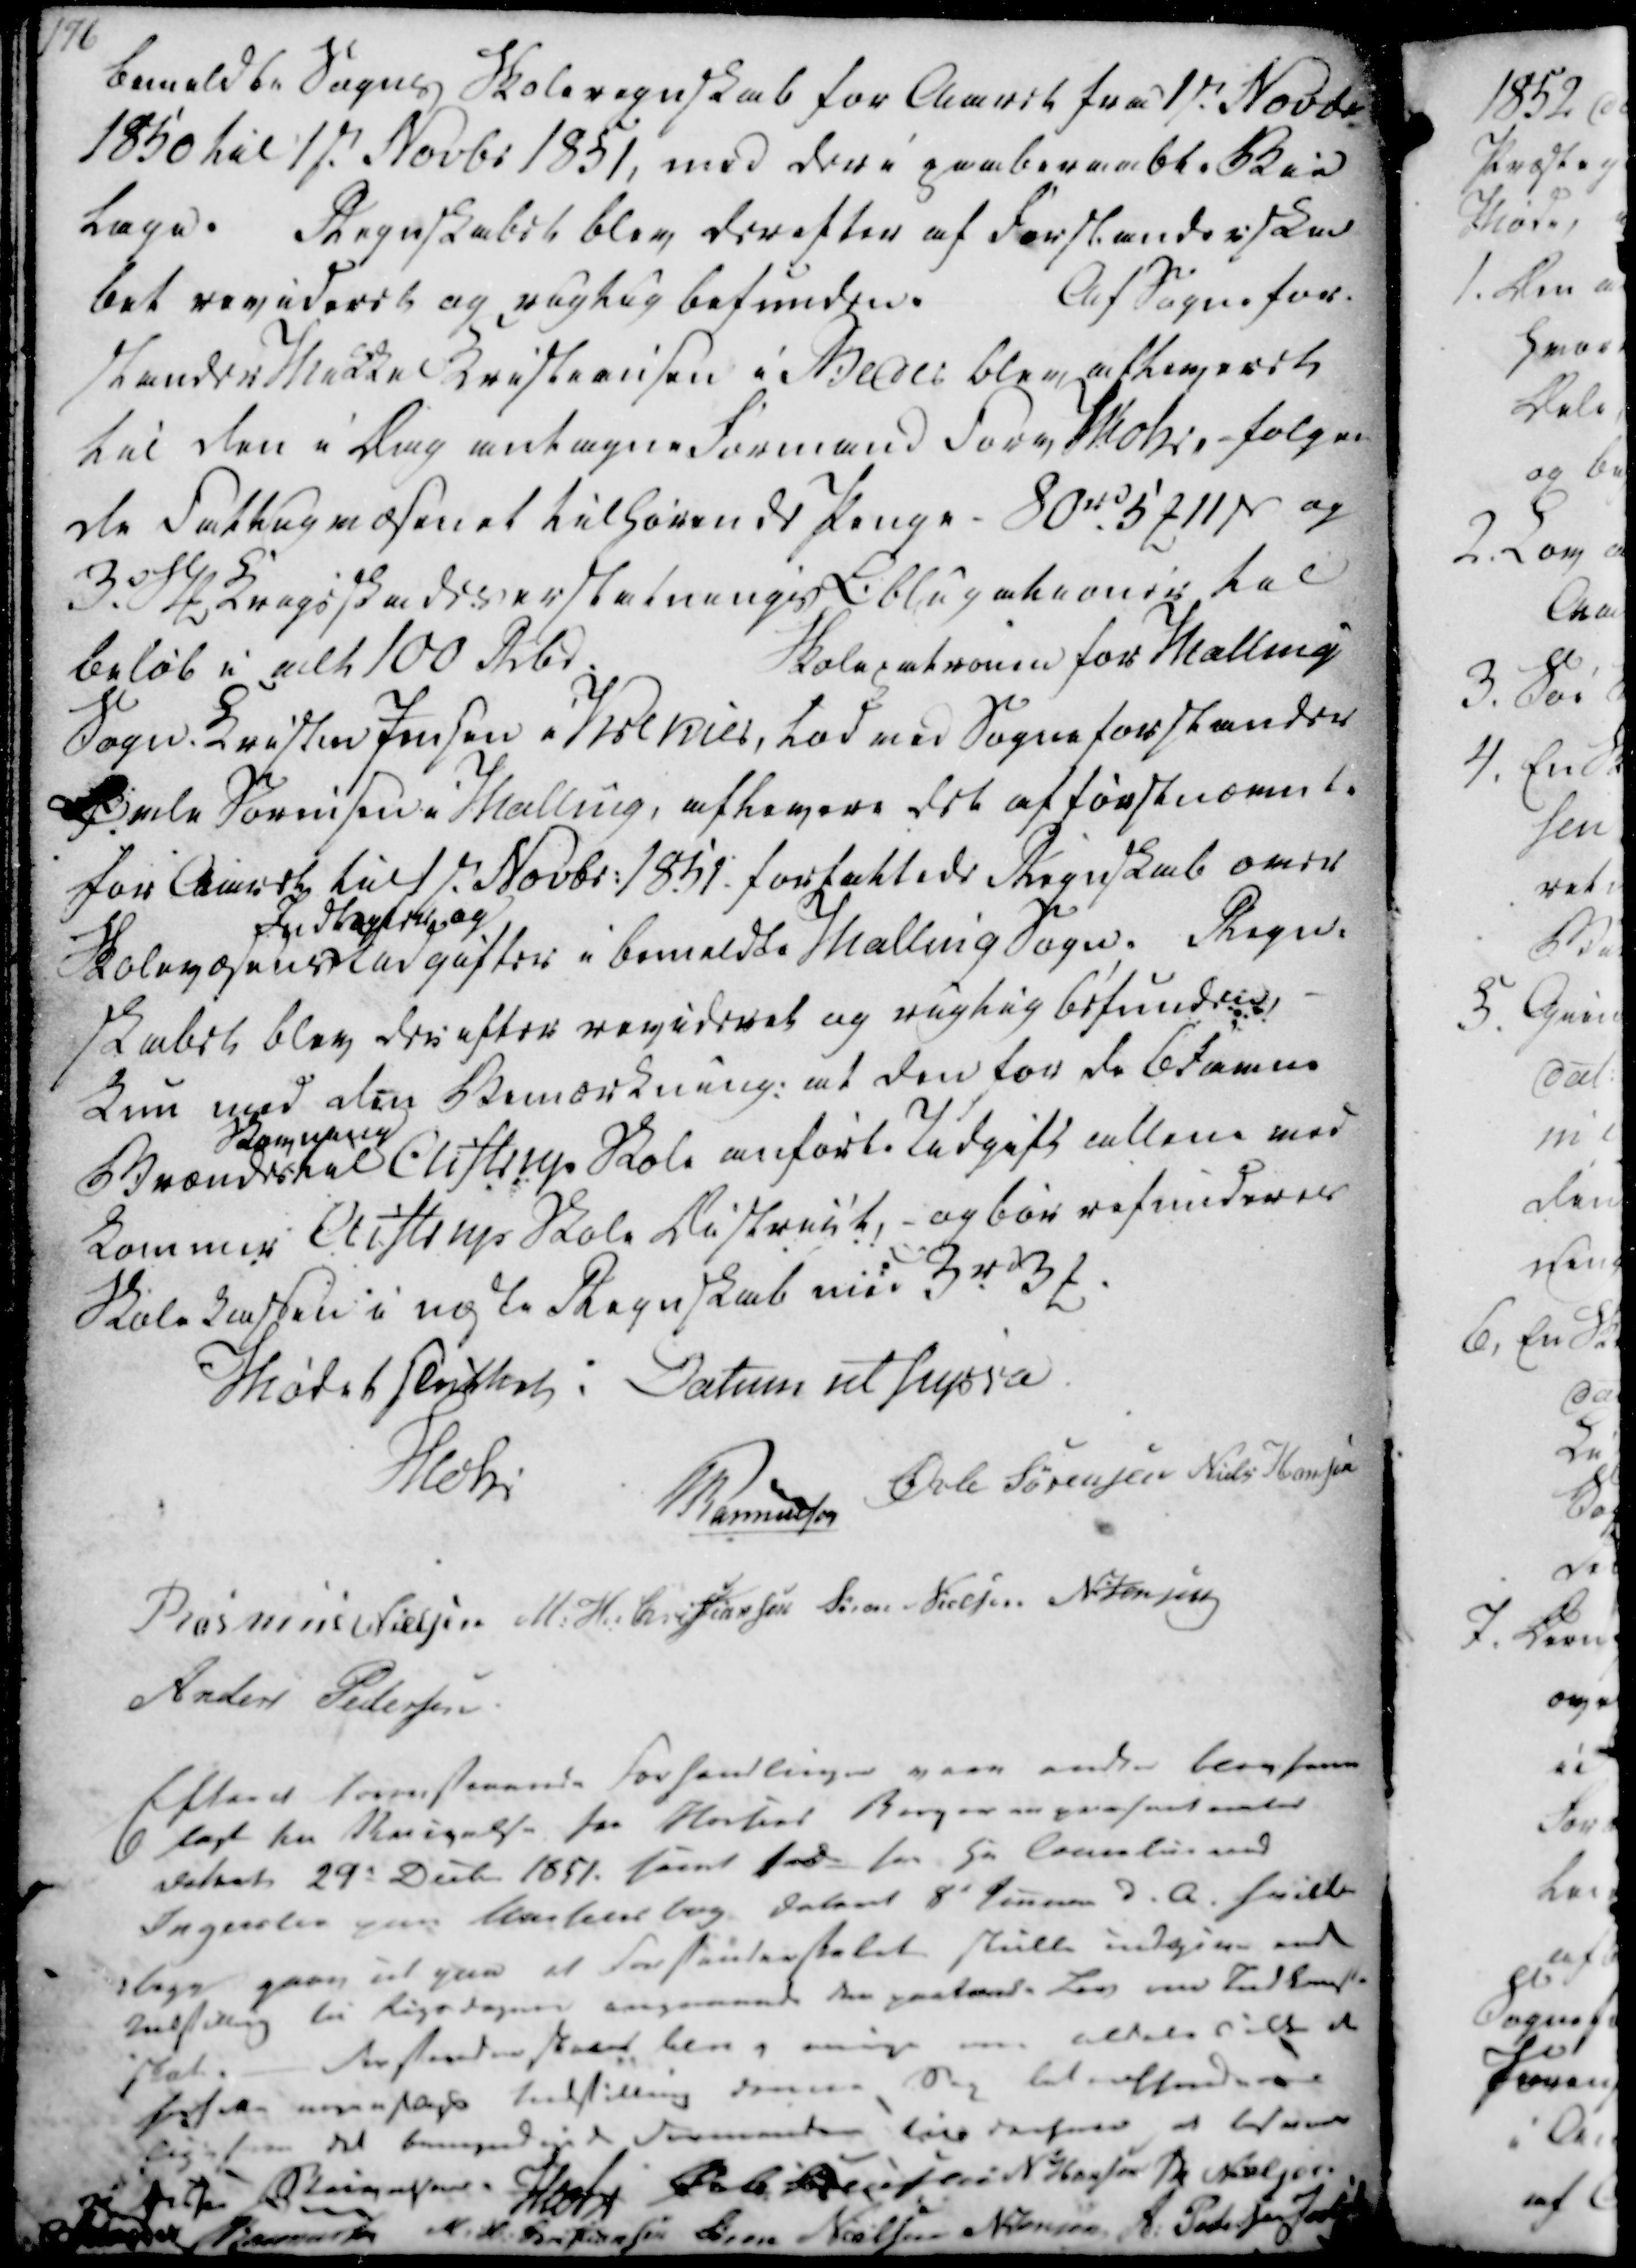
Transskription:
bemeldte Sogns Skoleregnskab for Aaret fra 1ste Novbr
1850 til 1ste Novbr 1851, med dere paaberaabte Bie
lage. Regnskabet blev derefter af Forstanderska
bet revideret og rigtig befunden. 
Af Sognefor-
stander Mikkel Kristiansen i Beder blev afleveret
til den i Dag antagne Formand Forv Mohr,- følgen
de Fattigvæsenet tilhørende Penge - 80 rd 5 ₻ 11 ẞ og
3. Sk₻ Krigsskadeseerstatnings Obligationer til 
beløb i alt 100 Rbd
Skolepatronen for Malling 
Sogn Kristen Jensen i Krekier, lod ved Sogneforstander
Øvle Sørensen i Malling, aflevere det af førstnævnte
for Aaret til 1ste Novbr. 1851 forfattede Regnskab over
Skolevæsens 
Indtægter og 
Udgifter i bemeldte Malling Sogn. Regn-
skabet blev derefter revideret og rigtig befunden,
Kun med den Bemærkning: at den for de blevne
Brænde skal
Komepen
Aistrup Skole anførte Udgift allene ved
kommer Aistrup Skole District, - og bør refunderes
Skolekassen i næste Regnskab med 3 rd 3 ₻.

Mødet sluttet i Datum ut supra.
Mohr
Rasmussen
Øvle Sørensen
Niels Hansen
Rasmus Nielsen
M. H. Christiansen
Søren Nielsen
N. Jensen
Anders Pedersen

Efter at foranstaaende Forhandlinger vare endte blev frem
lagt en Skrivelse fra Noesens Borger anpræsentanter
dateret 29. Decbr 1851. samt for fra Hr Cancelierad
Ingerslev paa Marcelisborg dateret 8d Januar d.A. hvilke
-bege gaae ud paa at Forstanderskabet skulle indgive end
Indstilling til Rigsdagen angaaende den paatænde Lov om Indkomst-
-skab. - Forstanderskabet blev enige om aldeles ikke de
forse nogenlags Indstilling denne Sag betreffende ere
ligefrem det bemyndied Formanden til derfor at besvare
 Skrivelse
Mohr
Øvle Sørensen
N Hansen
R Nielsen
Rasmussen
M H. Christiansen
Søren Nielsen
N. Jensen
A. Pedersen